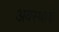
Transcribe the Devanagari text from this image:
अवस्थावों